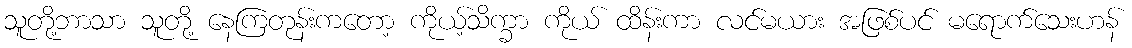
သူတို့ဘာသာ သူတို့ နေကြတုန်းကတော့ ကိုယ့်သိက္ခာ ကိုယ် ထိန်းကာ လင်မယား အဖြစ်ပင် မရောက်သေးဟန်